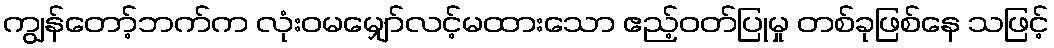
ကျွန်တော့်ဘက်က လုံးဝမမျှော်လင့်မထားသော ဧည့်ဝတ်ပြုမှု တစ်ခုဖြစ်နေ သဖြင့်